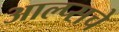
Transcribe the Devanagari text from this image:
आल्प्सचे